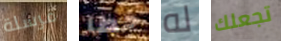
مرسلة خطا له تجعلك